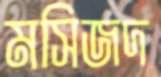
মসিজদ